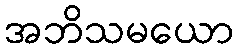
အဘိသမယော